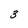
Character: 3